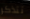
تتذكر